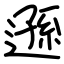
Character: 遜